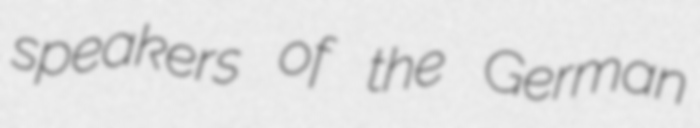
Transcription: speakers of the German